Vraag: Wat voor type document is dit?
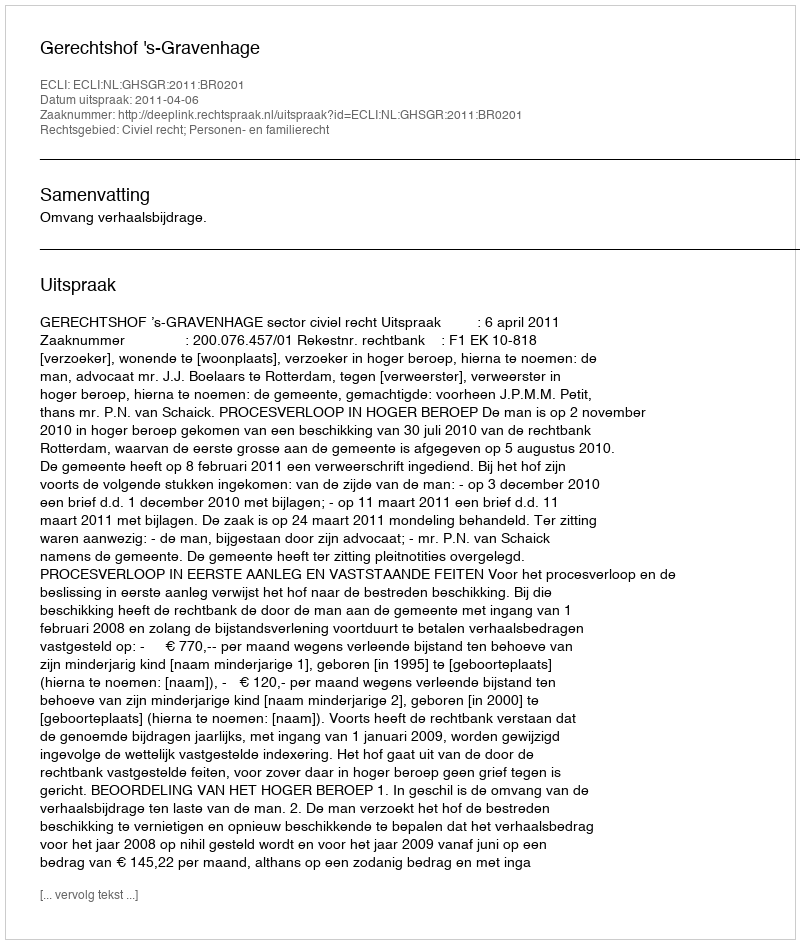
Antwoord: Uitspraak